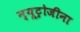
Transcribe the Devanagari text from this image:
न्यूट्रोजीना